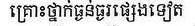
គ្រោះថ្នាក់ធ្ងន់ធ្ងរផ្សេងទៀត